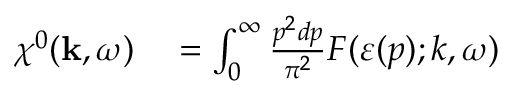
\begin{array} { r l } { \chi ^ { 0 } ( \mathbf { k } , \omega ) } & { { } = \int _ { 0 } ^ { \infty } \frac { p ^ { 2 } d p } { \pi ^ { 2 } } F ( \varepsilon ( p ) ; k , \omega ) } \end{array}